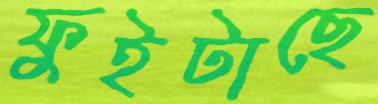
ফুইটাছে